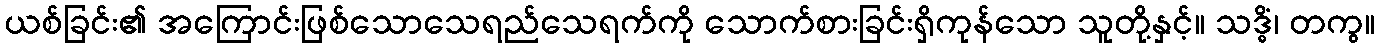
ယစ်ခြင်း၏ အကြောင်းဖြစ်သောသေရည်သေရက်ကို သောက်စားခြင်းရှိကုန်သော သူတို့နှင့်။ သဒ္ဓိံ၊ တကွ။